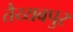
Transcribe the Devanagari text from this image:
तैय्यबपुर